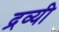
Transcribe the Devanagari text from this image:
द्रव्यी